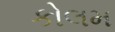
કોલમ